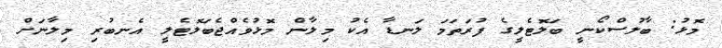
މޮޅު: ބާލުސްކޯނީ ބަލޮޓެލީގެ ފުރަތަމަ ލަނޑާ އެކު މިލާން މޮޅުވެއްޖެބަލޮޓެލީ އެނބުރި މިލާނަށް